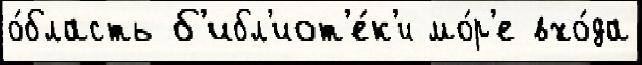
о́бласть б'ибл'иот'е́к'и мо́р'е вхо́да